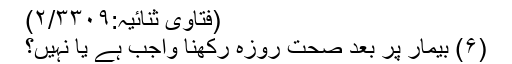
(فتاویٰ ثنائیہ:۲/۳۳۰۹)
(۶) بیمار پر بعد صحت روزہ رکھنا واجب ہے یا نہیں؟